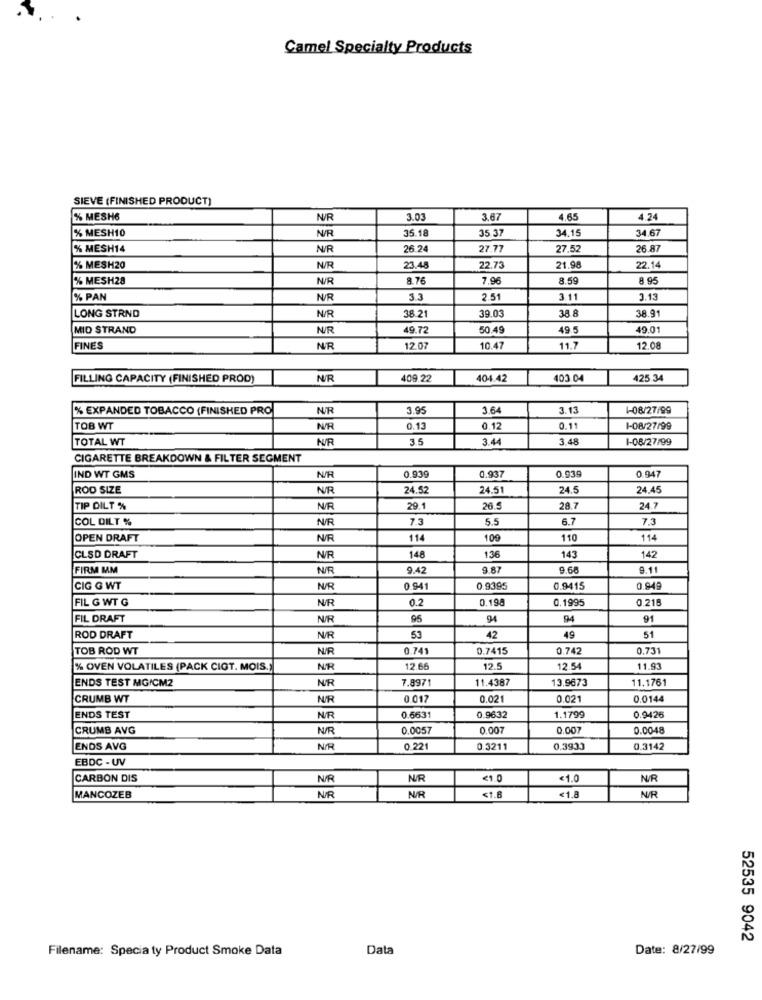
Camel Specialty Products
SIEVE (FINISHED PRODUCT)
% MESH6
N/R
3.03
3.67
4.65
4.24
% MESH10
N/R
35.1
35.37
34.15
34.67
% MESH14
N/R
26.2
27.77
27.52
26.87
% MESH20
N/R
23.4
22.73
21.98
22.14
% MESH28
N/R
8.76
7.96
8.59
8.95
% PAN
N/R
33
2.51
3.11
3.13
LONG STRND
N/R
39.0
38.8
38.91
38.2
MID STRAND
N/R
49.72
50.49
49.5
49.01
FINES
NUR
12.07
10.47
11.7
12.08
FILLING CAPACITY (FINISHED PROD)
NU/R
409.22
404.42
403.04
425.34
% EXPANDED TOBACCO (FINISHED PRO
3.95
364
3.13
1-08/27/99
TOB WT
N/R
0.13
0.12
0.11
1-08/27/99
TOTAL WT
N/R
3.5
3.44
3.48
1-08/27/99
CIGARETTE BREAKDOWN & FILTER SEGMENT
0.937
0.930
0.947
IND WT GMS
N/R
0.93
ROD SIZE
NR
24.52
24.51
24.5
24.45
TIP DILT %
N/R
29.1
26.
28.7
24.7
COL DILT %
NUR
7.3
5.5
6.7
7.3
OPEN DRAFT
N/R
114
109
110
114
142
CLSD DRAFT
N/R
148
136
143
FIRM MM
N/R
9.42
9.87
9.68
9.11
CIG G WT
N/R
0.94
0.9395
0.9415
0.949
FIL G WT G
N/R
0.2
0.198
0.1995
0.218
FIL DRAFT
N/R
95
94
94
91
ROD DRAFT
N/R
53
42
49
51
TOB ROD WT
N/R
0.74
0.7415
0.742
0.731
% OVEN VOLATILES (PACK CIGT. MOIS.
NIR
12.6
12.5
12.54
11.9
ENDS TEST MG/CM2
N/R
7.8971
11.4387
13.9673
11.1761
CRUMB WT
NR
0 017
0.021
0.021
0.0144
ENDS TEST
NR
0.6631
0.9632
1.1799
0.9426
CRUMB AVG
N/R
0.0057
0.007
0.007
0.0048
ENDS AVG
N/R
0.22
0.3211
0.3933
0.3142
EBDC - UV
CARBON DIS
N/R
<1.0
€1.0
N/R
MANCOZEB
N/R
N/R
<1.8
<1.8
N/R
52535 9042
Filename: Specia ty Product Smoke Data
Data
Date: 8/27/99